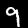
Digit: 9